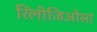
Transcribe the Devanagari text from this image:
रिलीजिओसा